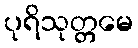
ပုရိသုတ္တမေ